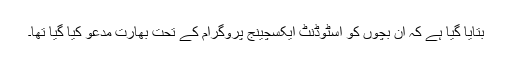
بتایا گیا ہے کہ ان بچوں کو اسٹوڈنٹ ایکسچینج پروگرام کے تحت بھارت مدعو کیا گیا تھا۔